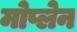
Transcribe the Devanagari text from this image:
मोप्लेन